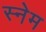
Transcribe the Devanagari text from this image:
स्नेम